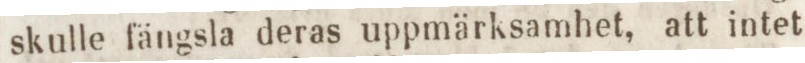
skulle fängsla deras uppmärksamhet, att intet